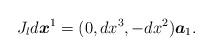
LaTeX: \begin{align*}J_{l}d\boldsymbol{x}^{1}=(0,dx^{3},-dx^{2})\boldsymbol{a}_{1}.\end{align*}